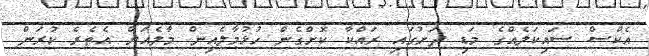
އެކްސް ސައިކަލެއްގެ މަޑި ދަށުގައި ރައްކާ ކޮށްގެން ހުޅުމާލެއިން މާލެއަށް އެތެރެ ކުރަން